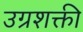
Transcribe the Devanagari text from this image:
उग्रशक्ती